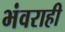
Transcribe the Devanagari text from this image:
भंवराही